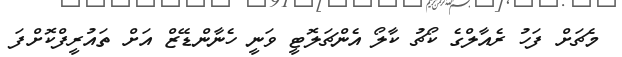
މެޗަށް ފަހު ރެއާލްގެ ކޯޗު ކާލޯ އެންޗަލޮޓީ ވަނީ ހެނާންޑޭޒް އަށް ތައުރީފްކޮށްފަ